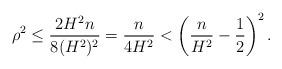
LaTeX: \begin{align*}\rho^2 \leq \frac{2 H^2 n }{8(H^2)^2} = \frac{n}{4H^2} < \left( \frac{n}{H^2} -\frac{1}{2} \right)^2.\end{align*}